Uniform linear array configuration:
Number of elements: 16
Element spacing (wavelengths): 0.5
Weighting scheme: hann
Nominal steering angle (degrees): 0
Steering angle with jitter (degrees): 1.591
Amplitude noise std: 0.05
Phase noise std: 0.05

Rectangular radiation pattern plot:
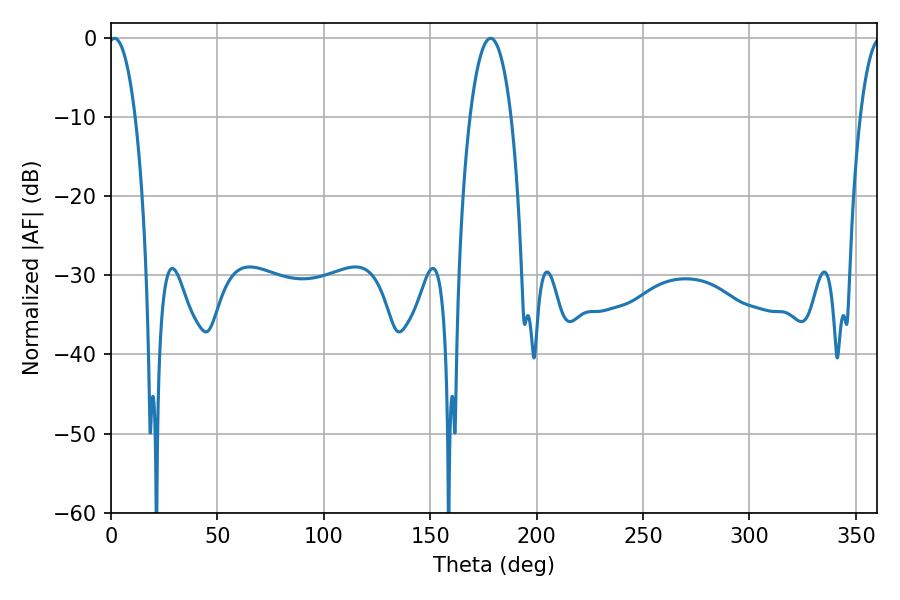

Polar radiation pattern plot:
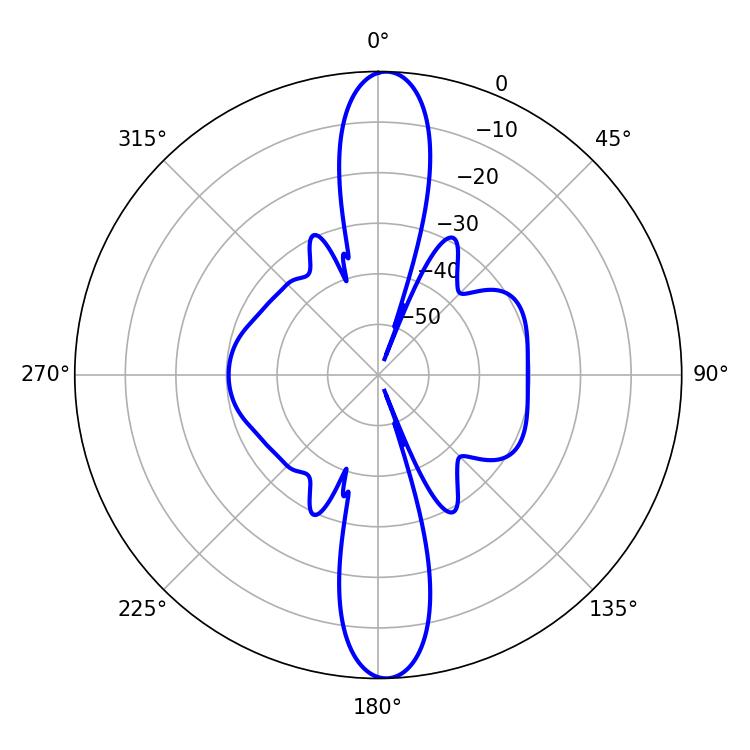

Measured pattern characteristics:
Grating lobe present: FALSE
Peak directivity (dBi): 22.156
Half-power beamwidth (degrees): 7.02
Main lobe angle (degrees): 1.62